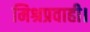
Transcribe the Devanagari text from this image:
मिश्रप्रवाही।